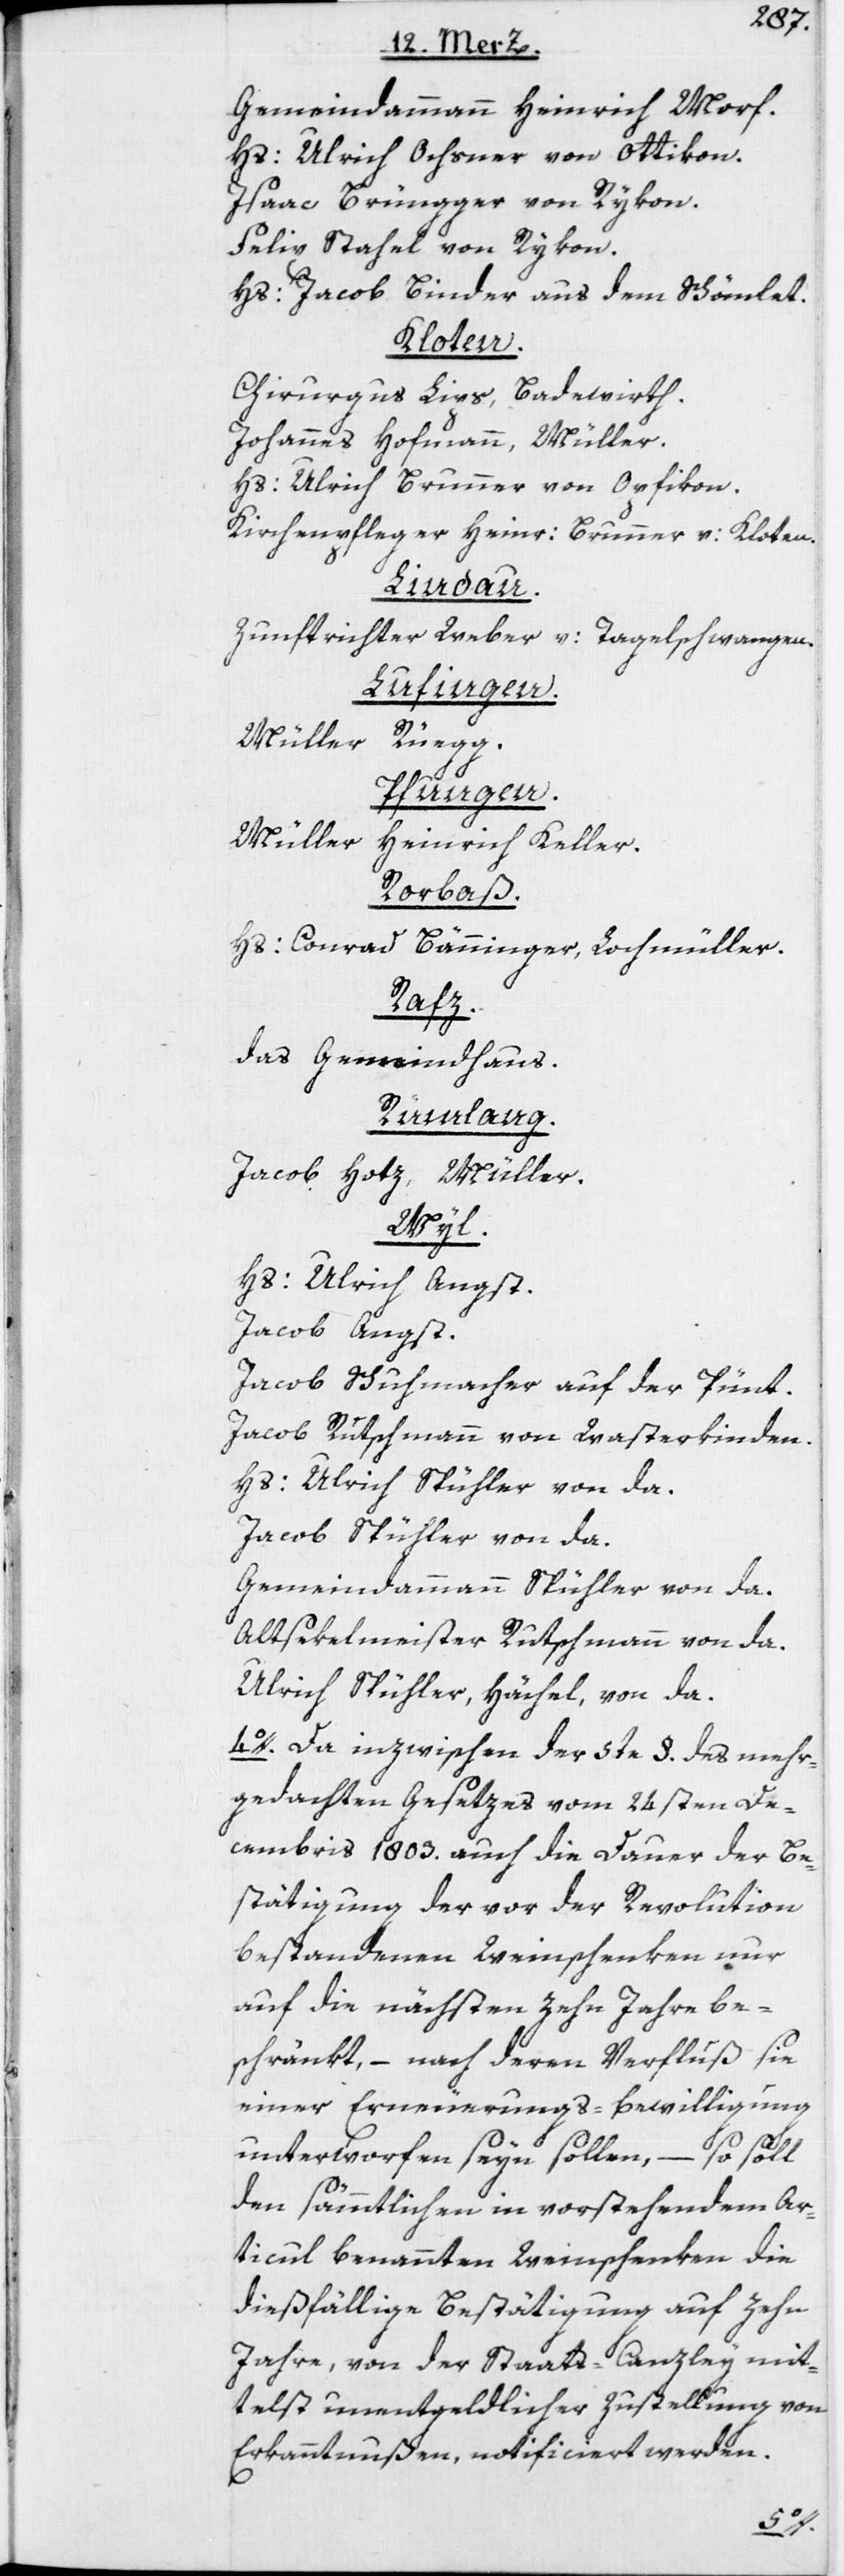
Gemeindammann Heinrich Morf.
Hs: Ulrich Ochsner von Ottikon.
Isaac Brüngger von Rykon.
Felix Stahel von Rykon.
Hs: Jacob Binder aus dem Schömlet.
Kloten.
Chirurgus Lips, Badewirth.
Johannes Hofmann, Müller.
Hs: Ulrich Brunner von Opfikon.
Kirchenpfleger Heinr: Brunner v: Kloten.
Lindau.
Zunftrichter Weber v: Tagelschwangen.
Lufingen.
Müller Rüegg.
Pfungen.
Müller
Heinrich Keller.
Rorbaß.
Hs: Conrad Bänninger, Lochmüller.
Rafz.
das Gemeindhaus.
Rümlang.
Jacob Hotz, Müller.
Wyl.
Hs: Ulrich Angst.
Jacob Angst.
Jacob Schuhmacher auf der Pünt.
Jacob Rutschmann von Wasterkinden.
Hs: Ulrich Spühler von da.
Jacob Spühler von da.
Gemeindammann Spühler von da.
Altsekelmeister Rutschmann von da.
Ulrich Spühler, Hächel, von da.
4o. Da inzwischen der 5te §. des mehr¬
gedachten Gesetzes vom 24sten De¬
cembris 1803. auch die Dauer der Be¬
stätigung der vor der Revolution
bestandenen Weinschenken nur
auf die nächsten zehn Jahre be¬
schränkt, – nach deren Verfluß sie
einer Erneuerungs-Bewilligung
unterworfen seyn sollen, – so soll
den sämmtlichen in vorstehendem Ar¬
ticul benannten Weinschenken die
dießfällige Bestätigung auf zehn
Jahre, von der Staats-Canzley mit¬
telst unentgeldlicher Zustellung von
Erkanntnußen, notificiert werden.